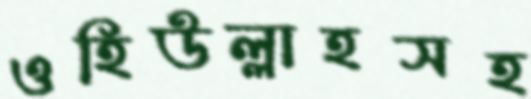
ওহিউল্লাহসহ